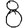
Digit: 8